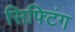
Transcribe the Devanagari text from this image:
सिफ्टिंग